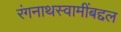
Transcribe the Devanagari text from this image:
रंगनाथस्वामींबद्दल